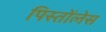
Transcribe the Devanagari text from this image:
पिस्तोंलेस